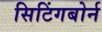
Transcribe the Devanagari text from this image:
सिटिंगबोर्न